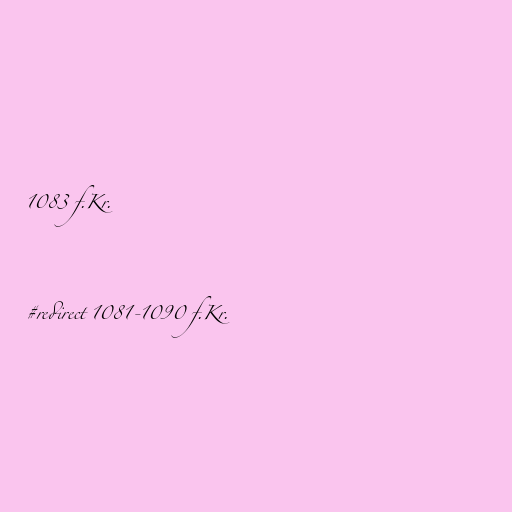
1083 f.Kr.

#redirect 1081-1090 f.Kr.